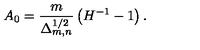
A _ { 0 } = \frac { m } { \Delta _ { m , n } ^ { 1 / 2 } } \left( { H } ^ { - 1 } - 1 \right) .